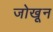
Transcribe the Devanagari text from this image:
जोखून